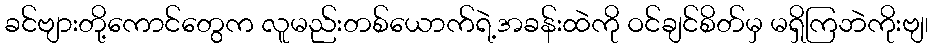
ခင်ဗျားတို့ကောင်တွေက လူမည်းတစ်ယောက်ရဲ့အခန်းထဲကို ဝင်ချင်စိတ်မှ မရှိကြဘဲကိုးဗျ၊